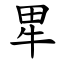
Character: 㽚